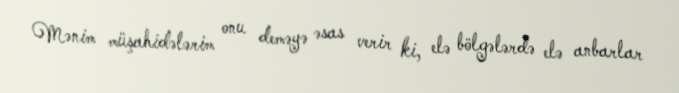
Mənim müşahidələrim onu deməyə əsas verir ki, elə bölgələrdə elə anbarlar